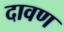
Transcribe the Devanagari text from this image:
दावण